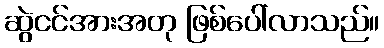
ဆွဲငင်အားအတု ဖြစ်ပေါ်လာသည်။